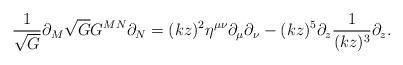
LaTeX: \begin{align*}\frac{1}{\sqrt{G}} \partial_M \sqrt{G} G^{MN} \partial_N = (kz)^2 \eta^{\mu\nu} \partial_\mu \partial_\nu - (kz)^5 \partial_z \frac{1}{(kz)^3} \partial_z.\end{align*}